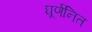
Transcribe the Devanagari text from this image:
घूर्णनित